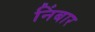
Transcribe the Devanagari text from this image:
निंबार